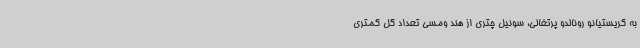
به کریستیانو رونالدو پرتغالی، سونیل چتری از هند ومسی تعداد گل کمتری